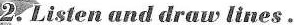
2.Listen and draw lines.